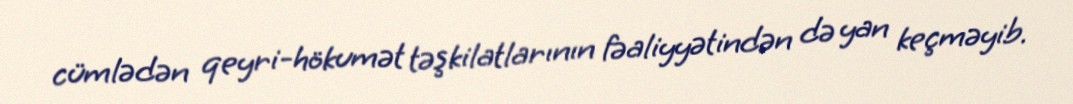
cümlədən qeyri-hökumət təşkilatlarının fəaliyyətindən də yan keçməyib.